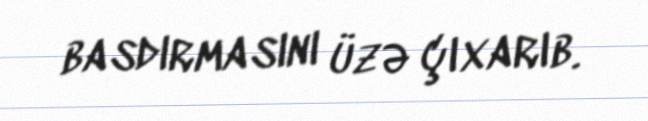
basdırmasını üzə çıxarıb.